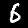
Label: 6